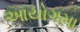
આયોગમા